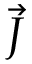
\vec { \cal J }